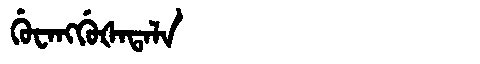
Manchu: ᡤᡠᠸᠠᠩᡤᡠᡧᠠᡨᠠᠯᠠ
Romanization: GUWANGGUŠATALA